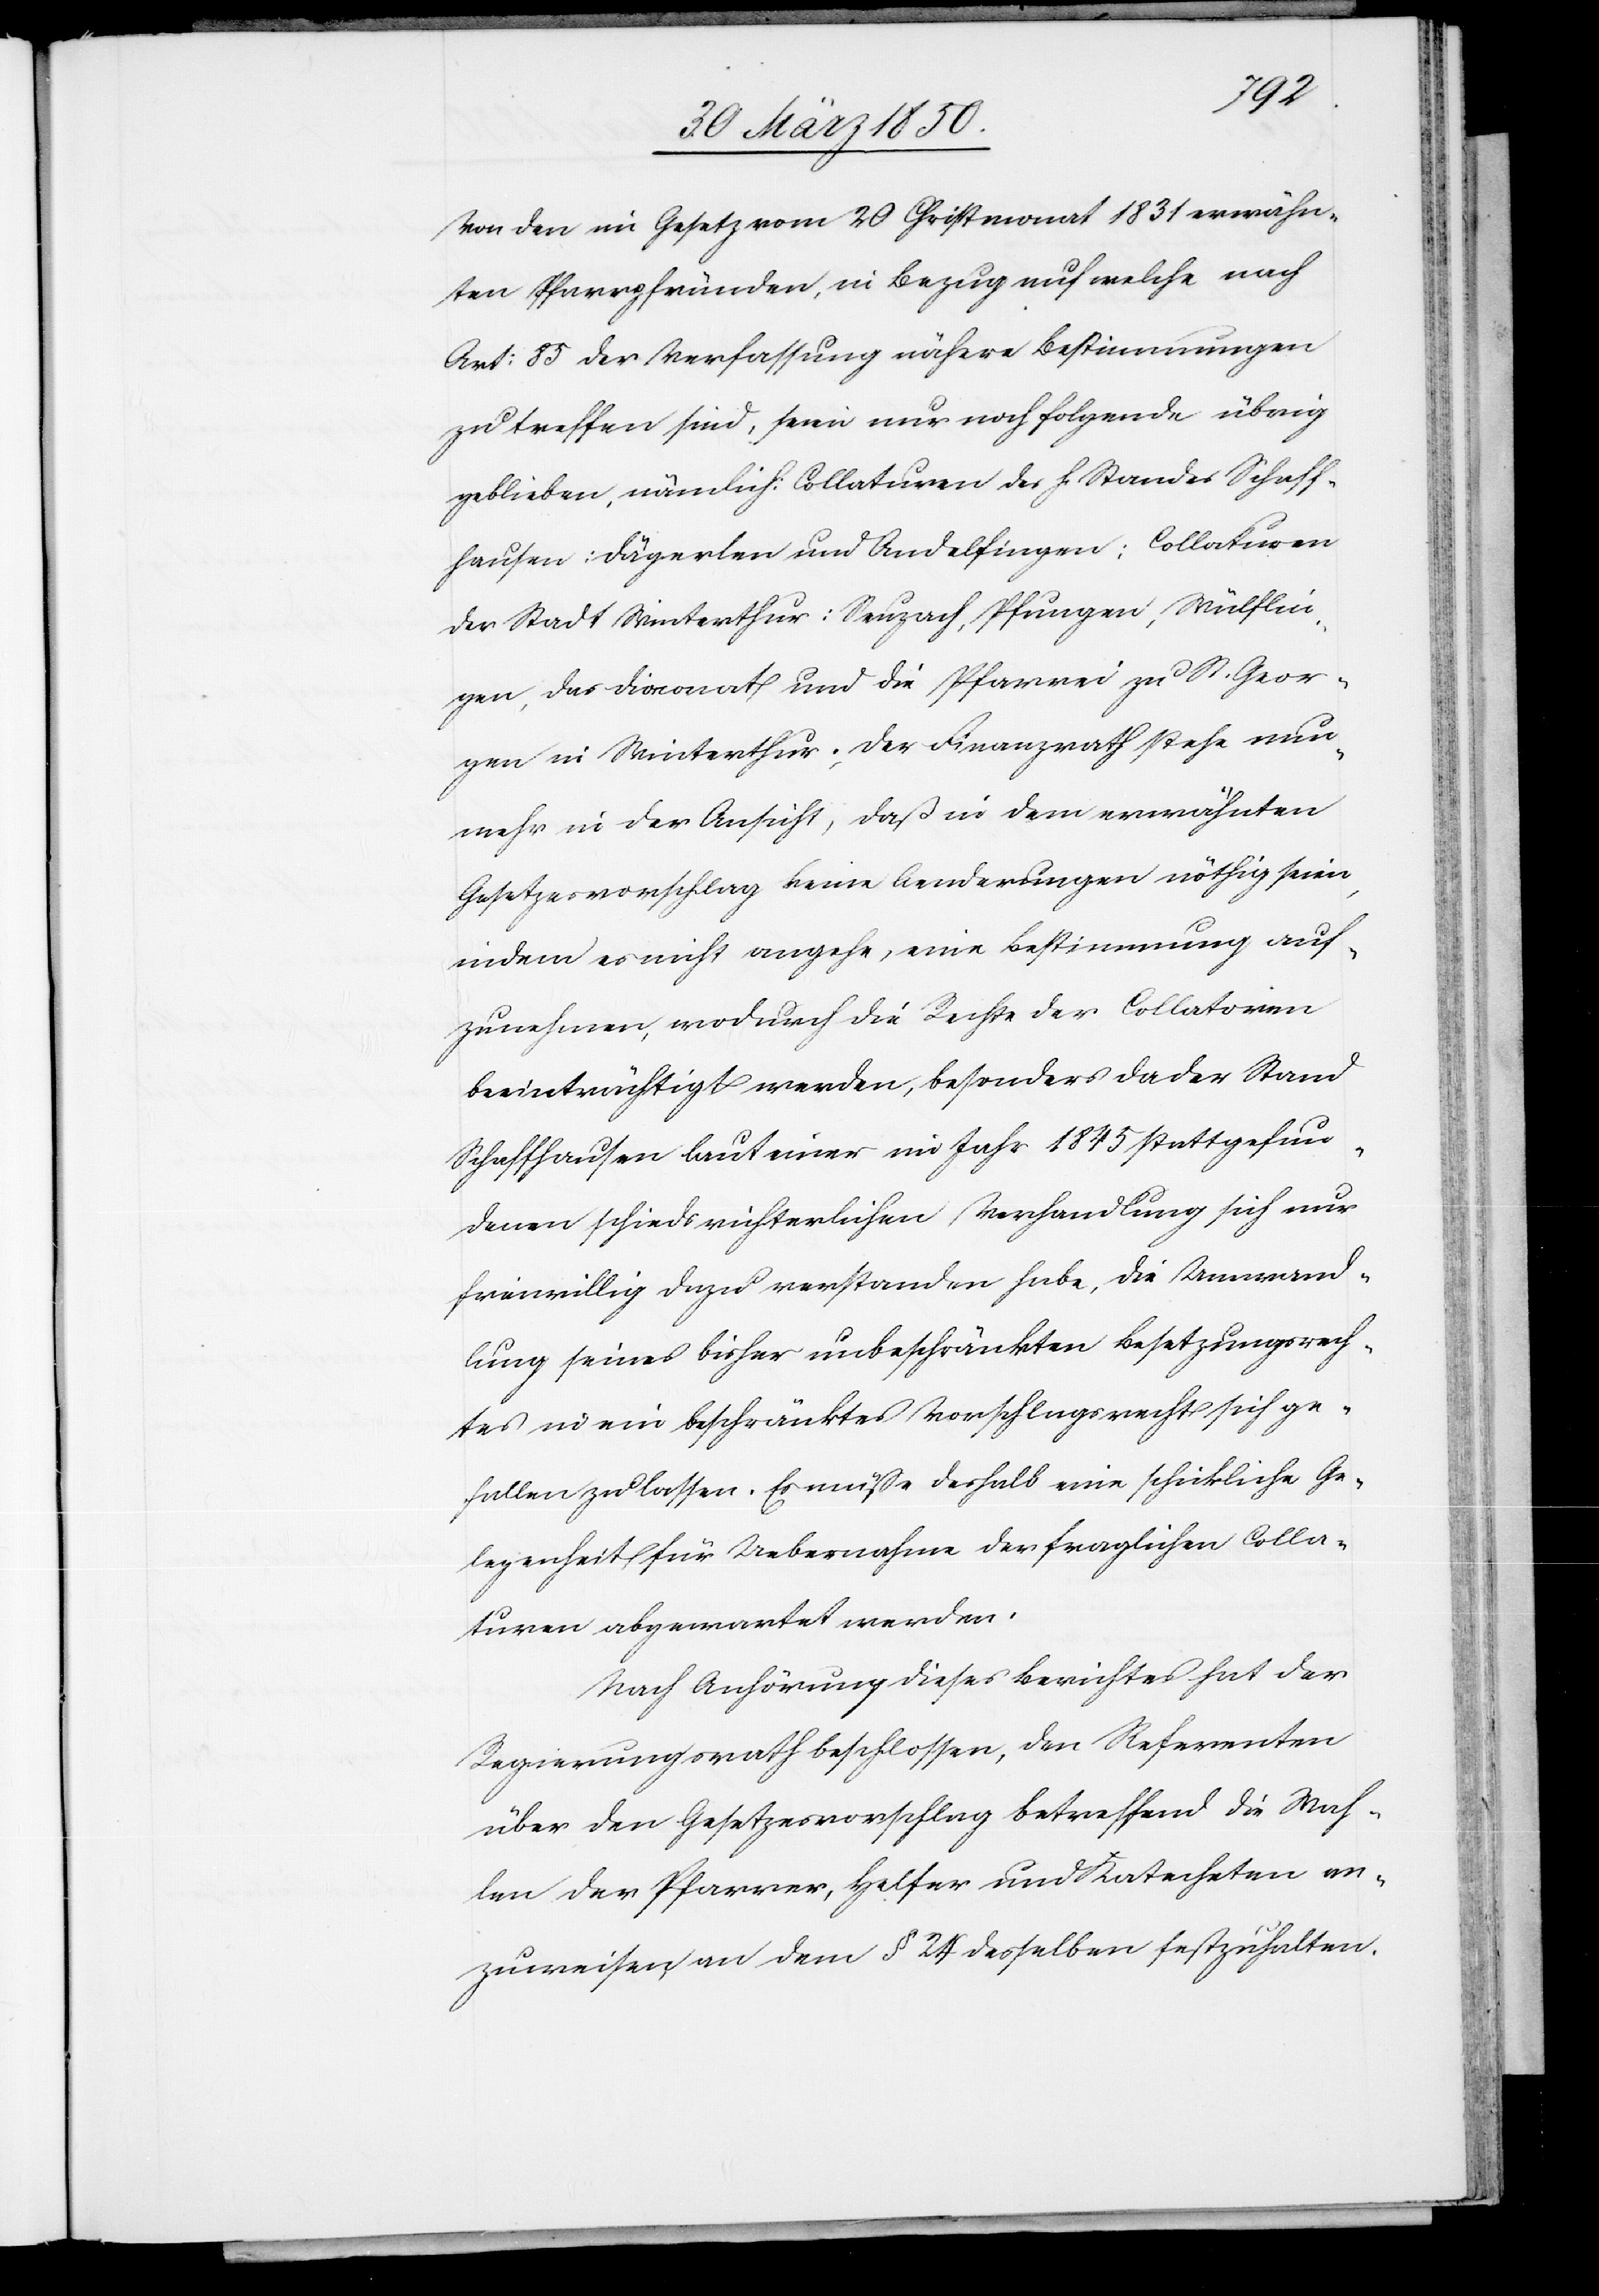
Von den im Gesetz vom 20 Christmonat 1831 erwähn¬
ten Pfarrpfründen, in Bezug auf welche nach
Art: 85 der Verfassung nähere Bestimmungen
zu treffen sind, seien nur noch folgende übrig
geblieben, nämlich: Collaturen des h. Standes Schaff¬
hausen: Dägerlen und Andelfingen; Collaturen
der Stadt Winterthur: Seuzach, Pfungen, Wülflin¬
gen, das Diaconat und die Pfarrei zu St. Geor¬
gen in Winterthur. Der Finanzrath stehe nun¬
mehr in der Ansicht, daß in dem erwähnten
Gesetzesvorschlag keine Aenderungen nöthig seien,
indem es nicht angehe, eine Bestimmung auf¬
zunehmen, wodurch die Rechte der Collatoren
beeinträchtigt werden, besonders das der Stand
Schaffhausen laut einer im Jahr 1845 stattgefun¬
denen schiedsrichterlichen Verhandlung sich nur
freiwillig dazu verstanden habe, die Umwand¬
lung seines bisher unbeschänkten Besetzungsrech¬
tes in ein beschränktes Vorschlagrecht sich ge¬
fallen zu lassen. Es müße deshalb eine schickliche Ge¬
legenheit für Uebernahme der fraglichen Colla¬
turen abgewartet werden.
Nach Anhörung dieses Berichtes hat der
Regierungsrath beschlossen, den Referenten
über den Gesetzesvorschlag betreffend die Wah¬
len der Pfarrer, Helfer und Katecheten an¬
zuweisen, an dem § 24 desselben festzuhalten.